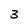
Character: 3